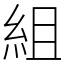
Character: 組